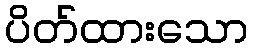
ပိတ်ထားသော